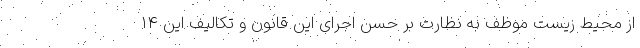
از محیط زیست موظف به نظارت بر حسن اجرای این قانون و تکالیف این ۱۴